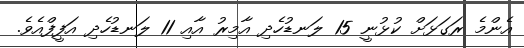
އެންމެ ރަގަޅަށް ކުޅުނީ 15 ލަނޑުހެދި އާމިރު އާއި 11 ލަނޑުހެދި އަފީފްއެވެ.